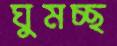
ঘুমচ্ছ